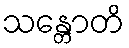
သန္တောတိ